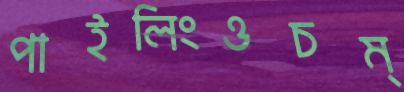
পাইলিংওচম্‌